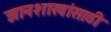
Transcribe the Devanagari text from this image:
ज्ञानशाखांसाठी